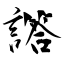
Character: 譗